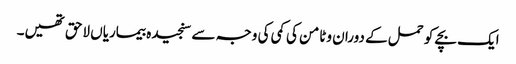
ایک بچے کو حمل کے دوران وٹامن کی کمی کی وجہ سے سنجیدہ بیماریاں لاحق تھیں۔